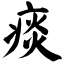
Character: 痰